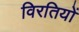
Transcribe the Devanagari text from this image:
विरतियों